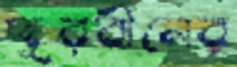
দূরবীনের